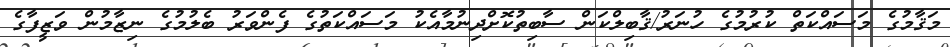
މަޤާމުގެ މަސައްކަތް ކުރުމުގެ ހުނަރު/ޤާބިލްކަން ސާބިތުކޮށްދިނުމާއެކު މަސައްކަތުގެ ފެންވަރު ބެލުމުގެ ނިޒާމުން ވަޒީފާގެ